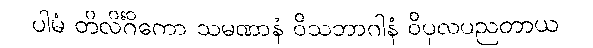
ပါမံ တိလိင်္ဂိကော သမဏာနံ ဝိသဘာဂါနံ ဝိပုလပညတာယ